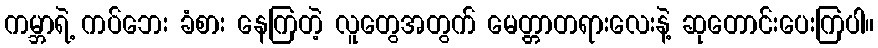
ကမ္ဘာရဲ့ ကပ်ဘေး ခံစား နေကြတဲ့ လူတွေအတွက် မေတ္တာတရားလေးနဲ့ ဆုတောင်းပေးကြပါ။